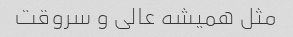
مثل همیشه عالی و سروقت